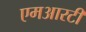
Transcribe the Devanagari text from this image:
एमआरटी